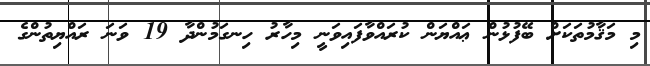
މި މަޤާމުތަކަށް ބޭފުޅުން ޢައްޔަން ކުރައްވާފައިވަނީ މިހާރު ހިނގަމުންދާ 19 ވަނަ ރައްޔިތުންގެ